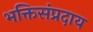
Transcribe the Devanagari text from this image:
भक्तिसंप्रदाय